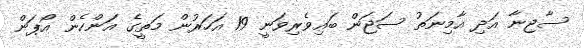
ސާޖިނާ އަދި އާމިނަތު ސަޖަން ބައިވެރިވަނީ 19 އަހަރުން މަތީގެ އަންހެން އޯޕަން